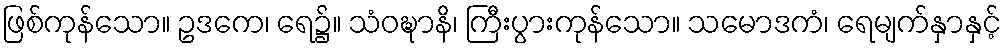
ဖြစ်ကုန်သော။ ဥဒကေ၊ ရေ၌။ သံဝဍ္ဎာနိ၊ ကြီးပွားကုန်သော။ သမောဒကံ၊ ရေမျက်နှာနှင့်